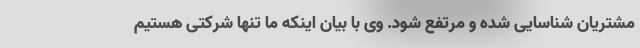
مشتریان شناسایی شده و مرتفع شود. وی با بیان اینکه ما تنها شرکتی هستیم